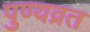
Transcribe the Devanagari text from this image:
पुण्यव्रत